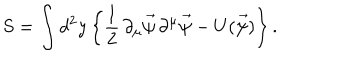
S = \int d ^ { 2 } y \left\{ \frac { 1 } { 2 } \, \partial _ { \mu } \vec { \psi } \, \partial ^ { \mu } \vec { \psi } - U ( \vec { \psi } ) \right\} .